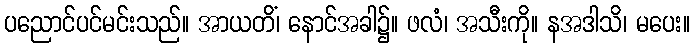
ပညောင်ပင်မင်းသည်။ အာယတိံ၊ နောင်အခါ၌။ ဖလံ၊ အသီးကို။ နအဒါသိ၊ မပေး။